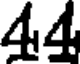
44